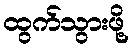
ထွက်သွားဖို့